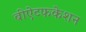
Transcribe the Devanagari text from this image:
बीऐटफकेशन